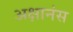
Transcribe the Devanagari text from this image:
अक्षानंस